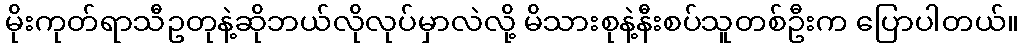
မိုးကုတ်ရာသီဥတုနဲ့ဆိုဘယ်လိုလုပ်မှာလဲလို့ မိသားစုနဲ့နီးစပ်သူတစ်ဦးက ပြောပါတယ်။